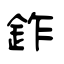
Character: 鈼